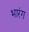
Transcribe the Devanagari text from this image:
भारंग